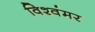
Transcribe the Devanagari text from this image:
विश्वंमर